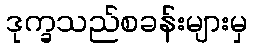
ဒုက္ခသည်စခန်းများမှ